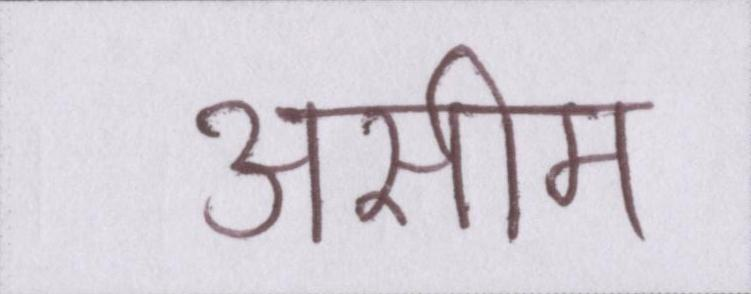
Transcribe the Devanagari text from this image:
असीम